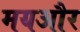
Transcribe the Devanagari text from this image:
मयऔर